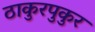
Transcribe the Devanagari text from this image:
ठाकुरपुकुर